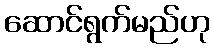
ဆောင်ရွက်မည်ဟု